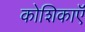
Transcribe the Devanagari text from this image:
कोशिकाऍं